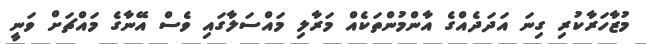
މުޒާހަރާކުރި ގިނަ އަދަދެއްގެ އާންމުންތަކެއް މަރާލި މައްސަލާގައި ވެސް އޭނާގެ މައްޗަށް ވަނީ